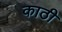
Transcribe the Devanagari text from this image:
काठी